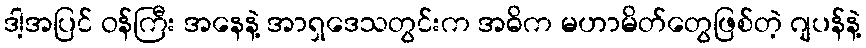
ဒါ့အပြင် ဝန်ကြီး အနေနဲ့ အာရှဒေသတွင်းက အဓိက မဟာမိတ်တွေဖြစ်တဲ့ ဂျပန်နဲ့